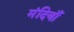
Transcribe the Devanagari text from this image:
मंदियाँ